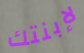
لإبنتك